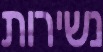
נשירות